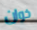
خوان